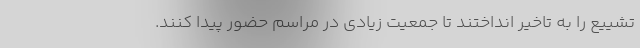
تشییع را به تاخیر انداختند تا جمعیت زیادی در مراسم حضور پیدا کنند.